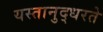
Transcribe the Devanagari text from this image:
यस्तानुद्धरते